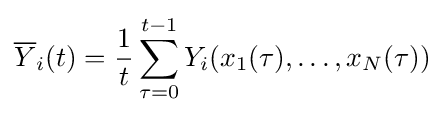
{\overline {Y}}_{i}(t)={\frac {1}{t}}\sum _{\tau =0}^{t-1}Y_{i}(x_{1}(\tau ),\ldots ,x_{N}(\tau ))